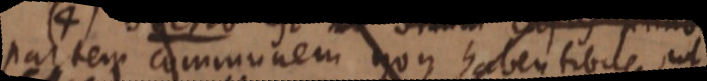
partem communem non habentibus ut